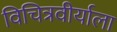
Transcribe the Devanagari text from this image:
विचित्रवीर्याला